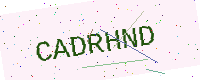
Text: CADRHND